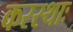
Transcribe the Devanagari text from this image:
करस्थाः